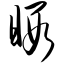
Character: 暇